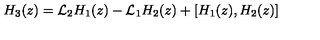
H _ { 3 } ( z ) = { \cal L } _ { 2 } H _ { 1 } ( z ) - { \cal L } _ { 1 } H _ { 2 } ( z ) + [ H _ { 1 } ( z ) , H _ { 2 } ( z ) ]